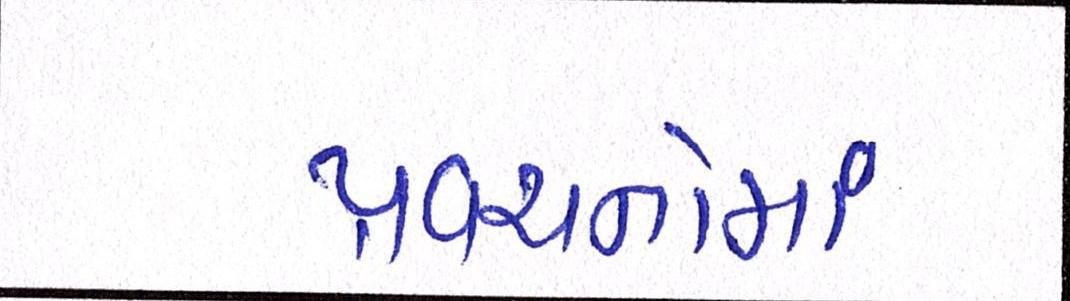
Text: પ્રવચનોમાં